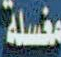
مغسلة